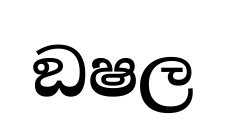
ඞෂල